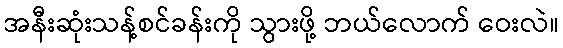
အနီးဆုံးသန့်စင်ခန်းကို သွားဖို့ ဘယ်လောက် ဝေးလဲ။